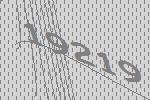
19219